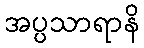
အပ္ပသာရာနိ